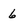
Character: 6